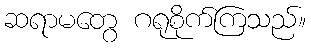
ဆရာမတွေ ဂရုစိုက်ကြသည်။